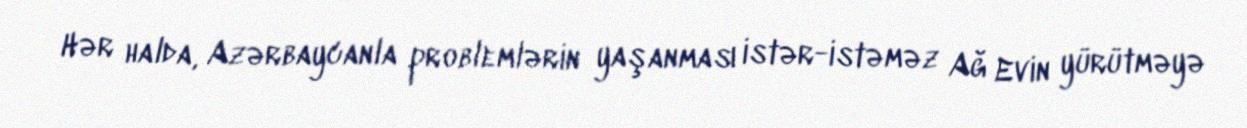
Hər halda, Azərbaycanla problemlərin yaşanması istər-istəməz Ağ Evin yürütməyə